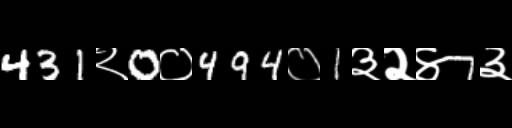
Text: 431२0०494०1३२४7३